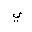
Letter: _ya